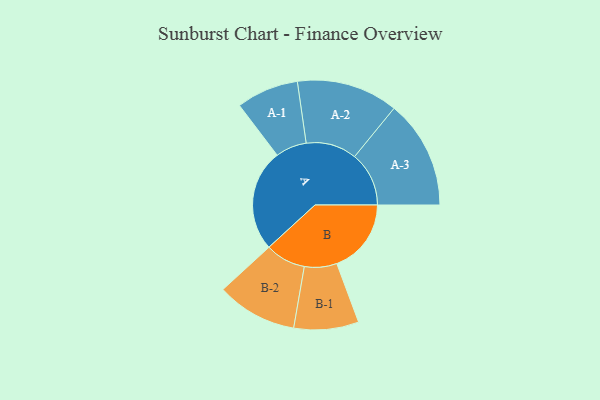
{"axis": {"x": "Segment", "y": "Value"}, "legend": ["", "A", "B"], "data": [{"x": "A", "y": 400, "type": ""}, {"x": "B", "y": 292, "type": ""}, {"x": "A-1", "y": 122, "type": "A"}, {"x": "A-2", "y": 199, "type": "A"}, {"x": "A-3", "y": 213, "type": "A"}, {"x": "B-1", "y": 127, "type": "B"}, {"x": "B-2", "y": 158, "type": "B"}]}